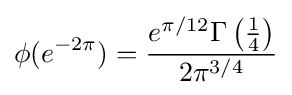
\phi (e^{-2\pi })={\frac {e^{\pi /12}\Gamma \left({\frac {1}{4}}\right)}{2\pi ^{3/4}}}